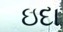
ઇદા